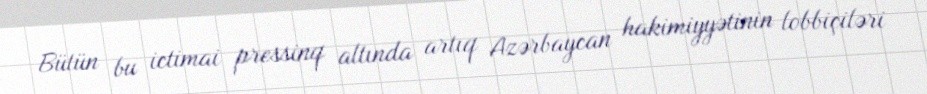
Bütün bu ictimai pressinq altında artıq Azərbaycan hakimiyyətinin lobbiçiləri